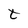
Character: t